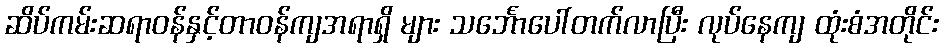
ဆိပ်ကမ်းဆရာဝန်နှင့်တာဝန်ကျအရာရှိ များ သင်္ဘောပေါ်တက်လာပြီး လုပ်နေကျ ထုံးစံအတိုင်း